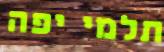
תלמי יפה